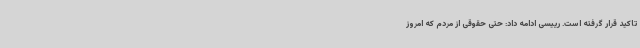
تاکید قرار گرفته است. رییسی ادامه داد: حتی حقوقی از مردم که امروز